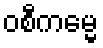
ဝစီကမ္မေ